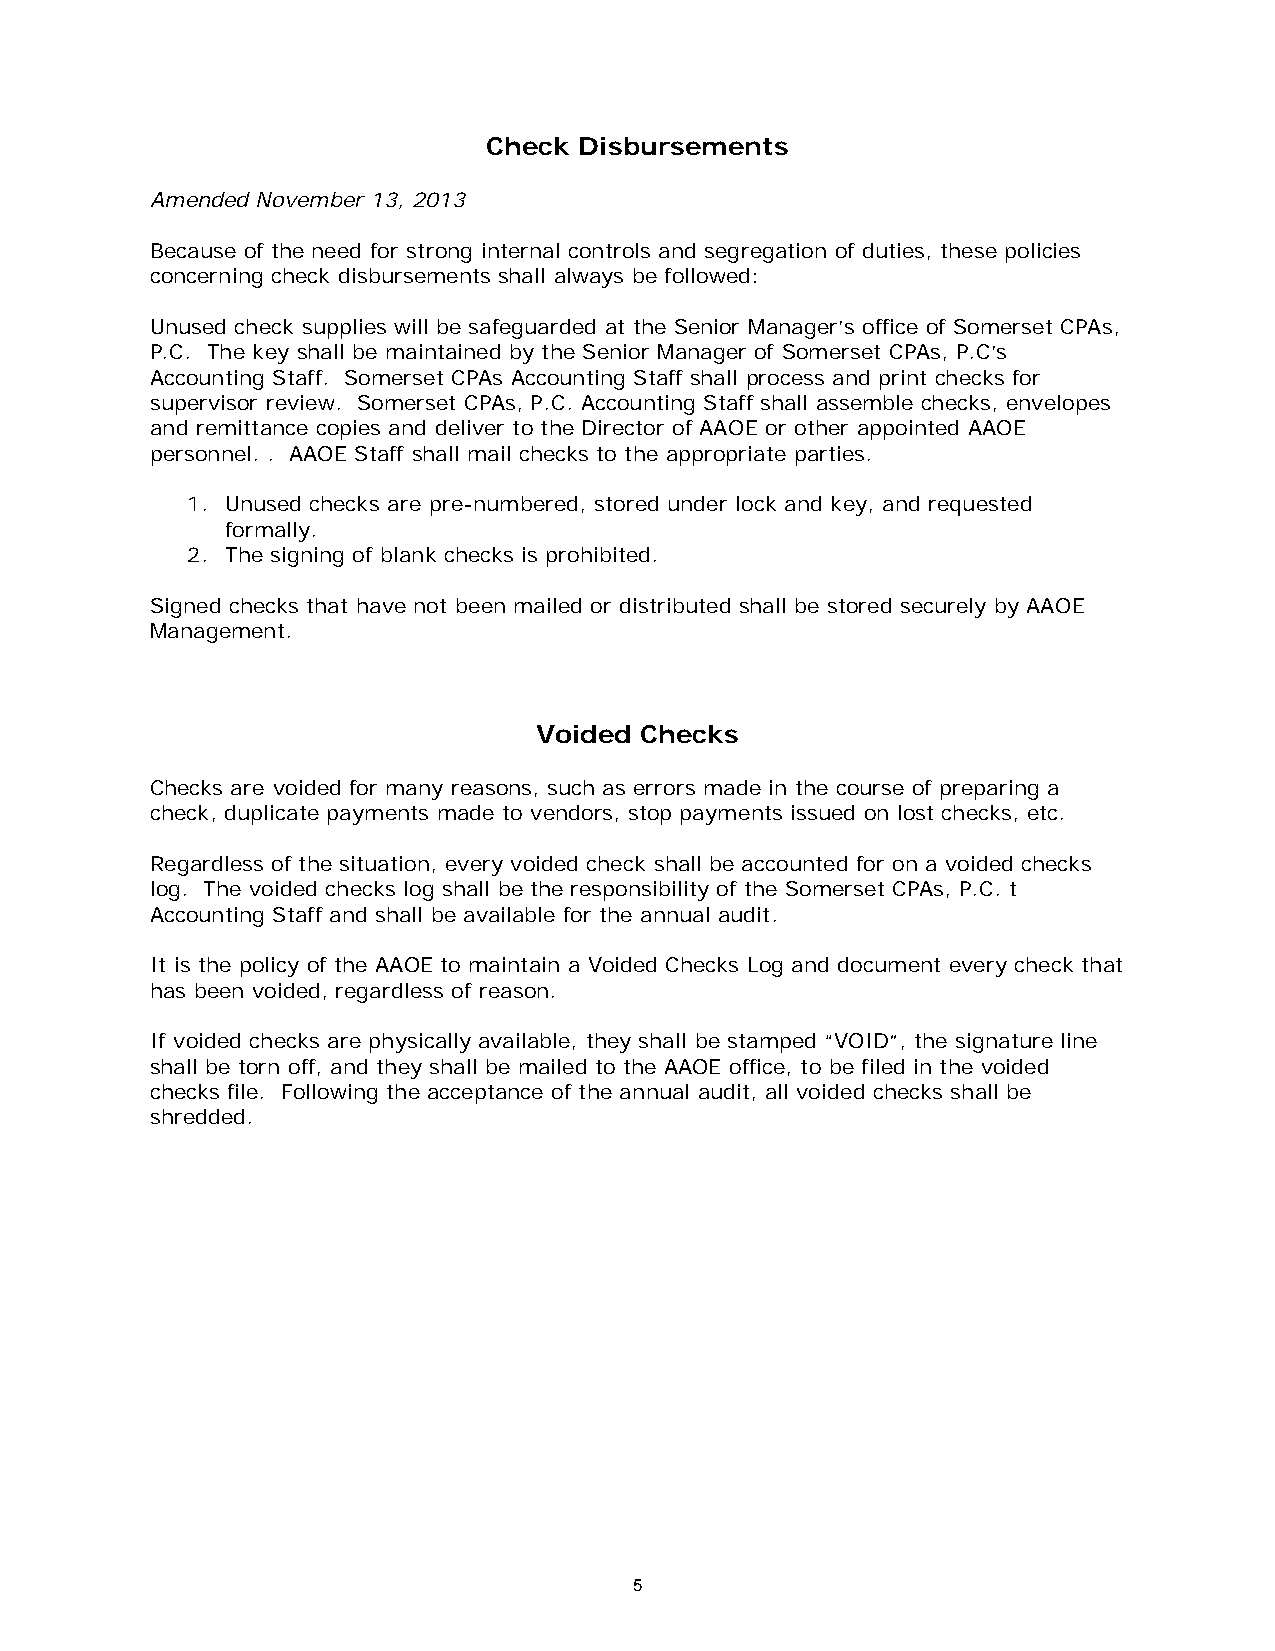
Check Disbursements
 Amended November 13, 2013
 Because of the need for strong internal controls and segregation of duties, these policies
 concerning check disbursements shall always be followed:
 Unused check supplies will be safeguarded at the Senior Manager’s office of Somerset CPAs,
 P.C. The key shall be maintained by the Senior Manager of Somerset CPAs, P.C’s
 Accounting Staff. Somerset CPAs Accounting Staff shall process and print checks for
 supervisor review. Somerset CPAs, P.C. Accounting Staff shall assemble checks, envelopes
 and remittance copies and deliver to the Director of AAOE or other appointed AAOE
 personnel. . AAOE Staff shall mail checks to the appropriate parties.
 1. Unused checks are pre-numbered, stored under lock and key, and requested
 formally.
 2. The signing of blank checks is prohibited.
 Signed checks that have not been mailed or distributed shall be stored securely by AAOE
 Management.
 Voided Checks
 Checks are voided for many reasons, such as errors made in the course of preparing a
 check, duplicate payments made to vendors, stop payments issued on lost checks, etc.
 Regardless of the situation, every voided check shall be accounted for on a voided checks
 log. The voided checks log shall be the responsibility of the Somerset CPAs, P.C. t
 Accounting Staff and shall be available for the annual audit.
 It is the policy of the AAOE to maintain a Voided Checks Log and document every check that
 has been voided, regardless of reason.
 If voided checks are physically available, they shall be stamped “VOID”, the signature line
 shall be torn off, and they shall be mailed to the AAOE office, to be filed in the voided
 checks file. Following the acceptance of the annual audit, all voided checks shall be
 shredded.
 5